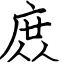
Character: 庻